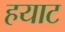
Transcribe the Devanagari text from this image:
हयाट